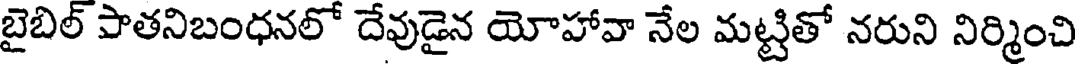
బైబిల్ పాతనిబంధనలో దేవుడైన యోహావా నేల మట్టితో నరుని నిర్మించి